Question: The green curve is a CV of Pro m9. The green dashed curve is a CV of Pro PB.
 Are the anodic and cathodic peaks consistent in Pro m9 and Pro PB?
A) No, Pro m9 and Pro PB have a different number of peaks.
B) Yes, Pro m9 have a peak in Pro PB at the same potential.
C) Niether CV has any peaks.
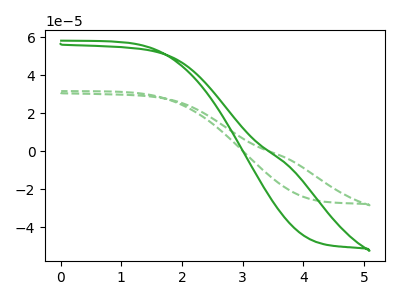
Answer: <think>The green curve "Pro m9" has no peaks. The green dashed curve "Pro PB" has no peaks.</think>
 <answer>C) Niether CV has any peaks.</answer>
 <eval>C</eval>